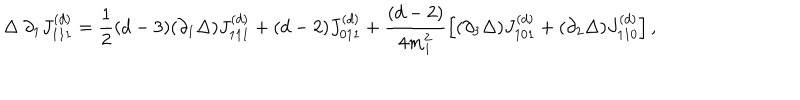
LaTeX: \Delta ~ \partial _ { 1 } J _ { 1 1 1 } ^ { ( d ) } = \frac 1 2 ( d - 3 ) ( \partial _ { 1 } \Delta ) J _ { 1 1 1 } ^ { ( d ) } + ( d - 2 ) J _ { 0 1 1 } ^ { ( d ) } + \frac { ( d - 2 ) } { 4 m _ { 1 } ^ { 2 } } \left[ ( \partial _ { 3 } \Delta ) J _ { 1 0 1 } ^ { ( d ) } + ( \partial _ { 2 } \Delta ) J _ { 1 1 0 } ^ { ( d ) } \right] ,